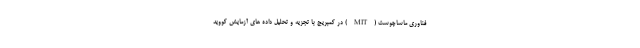
فناوری ماساچوست (MIT) در کمبریج با تجزیه و تحلیل داده های آزمایش کووید